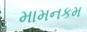
મામનકમ